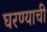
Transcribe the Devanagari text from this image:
घरण्याची